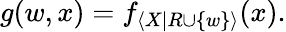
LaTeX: g(w,x)=f_{\langle X|R\cup\{ w\} \rangle}(x).